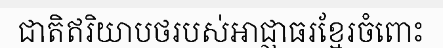
ជាតិឥរិយាបថរបស់អាជ្ញាធរខ្មែរចំពោះ